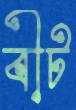
বীট